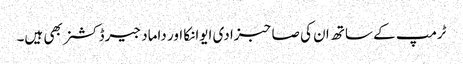
ٹرمپ کے ساتھ ان کی صاحبزادی ایوانکا اور داماد جیرڈ کشنر بھی ہیں۔